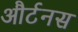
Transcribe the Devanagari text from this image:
और्टनस